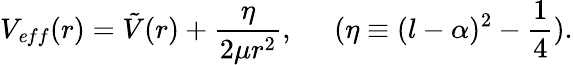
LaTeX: V_{\mathit eff}(r)=\tilde{V}(r)+\frac{\eta}{2\mu r^{2}},\; \; \; \; \; (\eta\equiv(l-\alpha)^{2}-\frac{1}{4}).